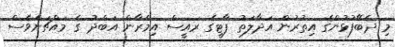
މި ދެބޭފުޅުންގެ އިތުރުން އަދާލަތު ޕާޓީގެ ރައީސް އިމްރާން އަބްދު ގެ މައްޗަށްވެސް